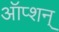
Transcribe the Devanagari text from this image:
ऑप्शन्